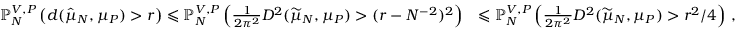
\begin{array} { r l } { \mathbb { P } _ { N } ^ { V , P } \left( d ( \hat { \mu } _ { N } , \mu _ { P } ) > r \right) \leqslant \mathbb { P } _ { N } ^ { V , P } \left( \frac { 1 } { 2 \pi ^ { 2 } } D ^ { 2 } ( \widetilde { \mu } _ { N } , \mu _ { P } ) > ( r - N ^ { - 2 } ) ^ { 2 } \right) } & { \leqslant \mathbb { P } _ { N } ^ { V , P } \left( \frac { 1 } { 2 \pi ^ { 2 } } D ^ { 2 } ( \widetilde { \mu } _ { N } , \mu _ { P } ) > r ^ { 2 } / 4 \right) \, , } \end{array}